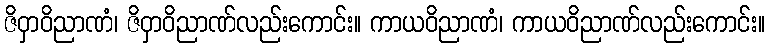
ဇိဝှာဝိညာဏံ၊ ဇိဝှာဝိညာဏ်လည်းကောင်း။ ကာယဝိညာဏံ၊ ကာယဝိညာဏ်လည်းကောင်း။